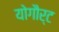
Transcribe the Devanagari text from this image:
योगौर्ट